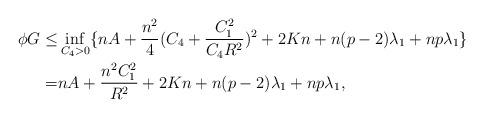
LaTeX: \begin{align*}\begin{aligned}\phi G\leq & \inf_{C_{4}>0}\{nA+\frac{n^{2}}{4}(C_{4}+\frac{C_{1}^{2}}{C_{4}R^{2}})^{2}+2Kn+n(p-2)\lambda_{1}+np\lambda_{1}\}\\=& nA+\frac{n^{2}C_{1}^{2}}{R^{2}}+2Kn+n(p-2)\lambda_{1}+np\lambda_{1},\end{aligned}\end{align*}